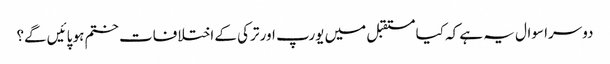
دوسرا سوال یہ ہے کہ کیا مستقبل میں یورپ اور ترکی کے اختلافات ختم ہو پائیں گے؟